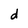
Character: d